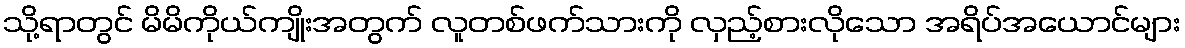
သို့ရာတွင် မိမိကိုယ်ကျိုးအတွက် လူတစ်ဖက်သားကို လှည့်စားလိုသော အရိပ်အယောင်များ